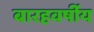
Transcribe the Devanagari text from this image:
बारहवर्षीय